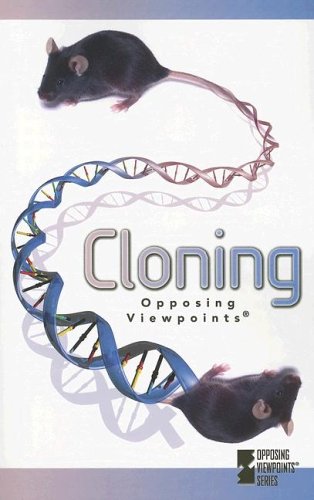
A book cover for Cloning (Opposing Viewpoints); Tamara Roleff; Teen & Young Adult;